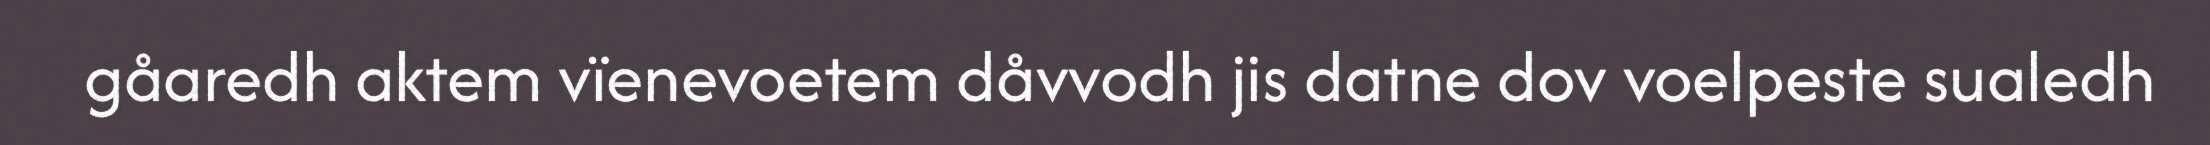
gåaredh aktem vïenevoetem dåvvodh jis datne dov voelpeste sualedh